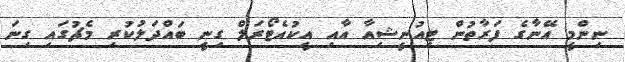
ނިންމީ އޭނާގެ ފަރާތުން ޓިއުނީޝިއާ އާއި އީކުއެޓޯރަލް ގިނީ ބައްދަލުކުރި މެޗުގައި ގިނަ